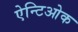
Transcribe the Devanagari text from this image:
ऐन्टिओक